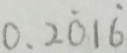
0 . 2 \dot { 0 } 1 \dot { 6 }